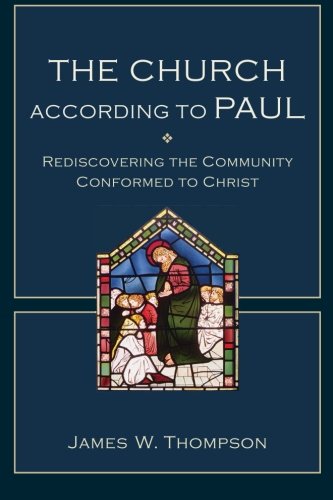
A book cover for The Church according to Paul: Rediscovering the Community Conformed to Christ; James W. Thompson; Christian Books & Bibles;